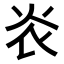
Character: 𤆟